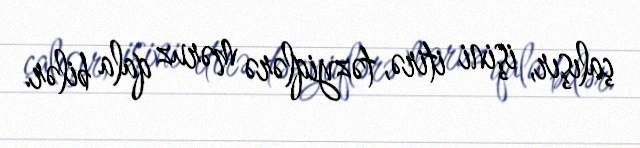
çalışır, işini itirə, təzyiqlərə məruz qala bilər.